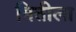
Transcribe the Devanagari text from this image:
मितीला